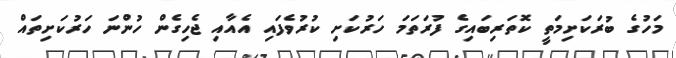
މަހުގެ ބުރަކަށިމަތީ ކޮތަރިބައިގެ ފުރަތަމަ ހަރުކަށި ކުރުވެފައި އެއާއި ޖެހިގެން ހުންނަ ހަރުކަށިތައް